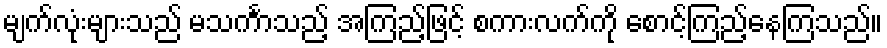
မျက်လုံးများသည် မသင်္ကာသည့် အကြည့်ဖြင့် စကားလက်ကို စောင့်ကြည့်နေကြသည်။